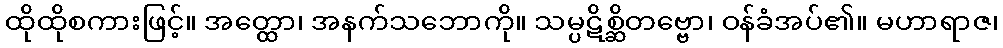
ထိုထိုစကားဖြင့်။ အတ္ထော၊ အနက်သဘောကို။ သမ္ပဋိစ္ဆိတဗ္ဗော၊ ဝန်ခံအပ်၏။ မဟာရာဇ၊